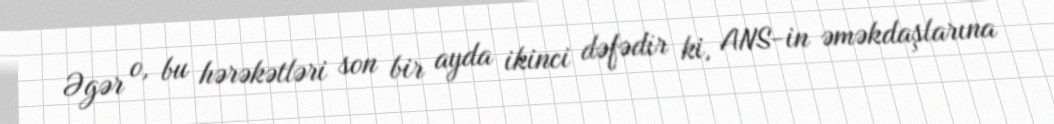
Əgər o, bu hərəkətləri son bir ayda ikinci dəfədir ki, ANS-in əməkdaşlarına